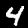
Digit: 4